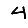
Digit: 4